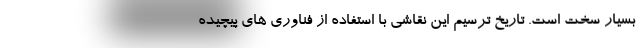
بسیار سخت است. تاریخ ترسیم این نقاشی با استفاده از فناوری های پیچیده